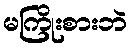
မကြိုးစားဘဲ